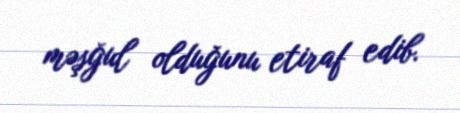
məşğul olduğunu etiraf edib.